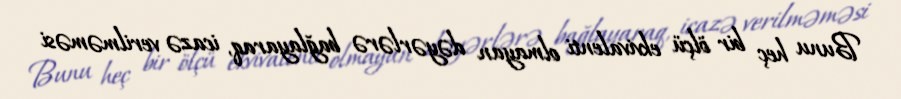
Bunu heç bir ölçü ekvivalenti olmayan dəyərlərə bağlayaraq, icazə verilməməsi